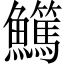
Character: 𩽖